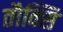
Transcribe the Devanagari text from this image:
तौक्सि